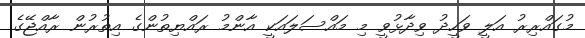
މުގައްރިރު އަލީ ވަހީދު ވިދާޅުވީ މި މައްސަލައަކީ އާންމު ރައްޔިތުންގެ އިތުރުން ރާއްޖޭގެ